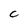
Character: C